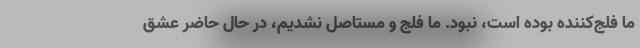
ما فلج‌کننده بوده است، نبود. ما فلج و مستاصل نشدیم، در حال حاضر عشق